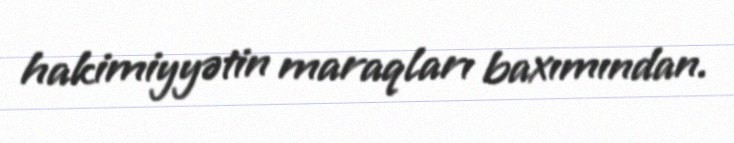
hakimiyyətin maraqları baxımından.